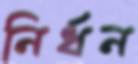
নির্ধন